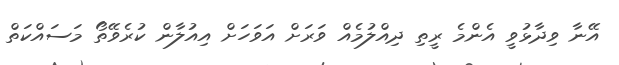
އޭނާ ވިދާޅުވީ އެންމެ ރީތި ދިއްލުމެއް ވަރަށް އަވަހަށް އިއުލާން ކުރެވޭތޯ މަސައްކަތް